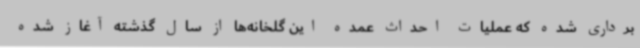
برداری شده‌ که عملیات احداث عمده این گلخانه‌ها از سال گذشته آغاز شده